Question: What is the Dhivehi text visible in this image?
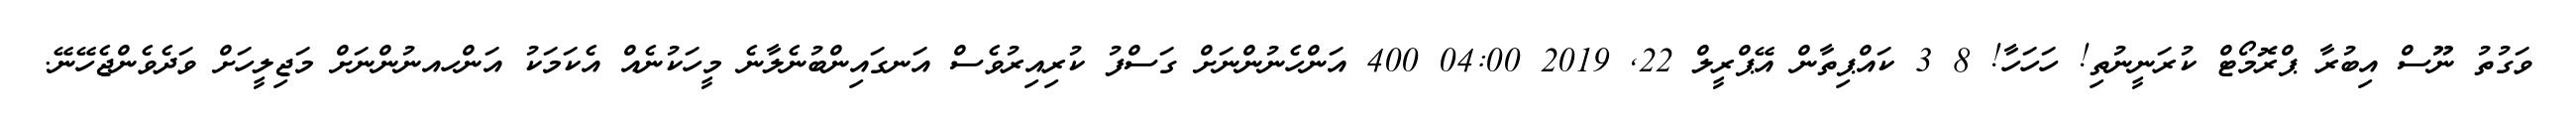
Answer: ވަގުތު ނޫސް އިބުރާ ޕްރޮމޯޓް ކުރަނީނުތި! ހަހަހާ! 8 3 ކައްޕިތާން އޭޕްރީލް 22, 2019 04:00 400 އަންހެނުންނަށް ގަސްފު ކުރިއިރުވެސް އަނގައިންބުނެލާނެ މީހަކުނެއް އެކަމަކު އަންހއނުންނަށް މަޖިލީހަށް ވަދެވެންޖެހޭނޭ.